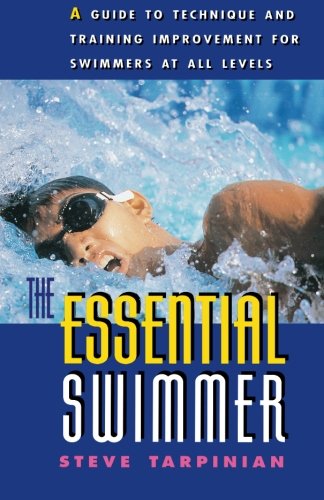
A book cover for Essential Swimmer; Steve Tarpinian; Health, Fitness & Dieting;